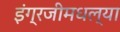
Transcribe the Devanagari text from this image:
इंग्रजीमधल्या